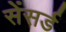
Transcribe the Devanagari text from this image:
सेंसर्ड